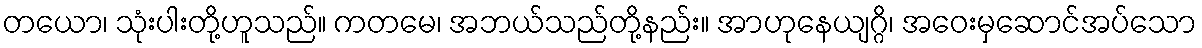
တယော၊ သုံးပါးတို့ဟူသည်။ ကတမေ၊ အဘယ်သည်တို့နည်း။ အာဟုနေယျဂ္ဂိ၊ အဝေးမှဆောင်အပ်သော